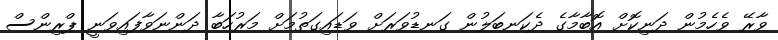
ވާރޭ ވެހެމުން ދަނިކޮށް އޮބާމާގެ ދެކަނބަލުން ގަނޑުވަރަށް ވަޑައިގަތުމަށް މަރުހަބާ ދަންނަވާފައިވަނީ ޕްރިންސް